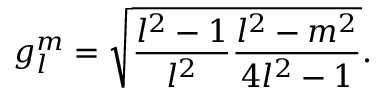
g _ { l } ^ { m } = \sqrt { \frac { l ^ { 2 } - 1 } { l ^ { 2 } } \frac { l ^ { 2 } - m ^ { 2 } } { 4 l ^ { 2 } - 1 } } .